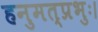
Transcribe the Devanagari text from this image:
हनुमत्प्रभुः।